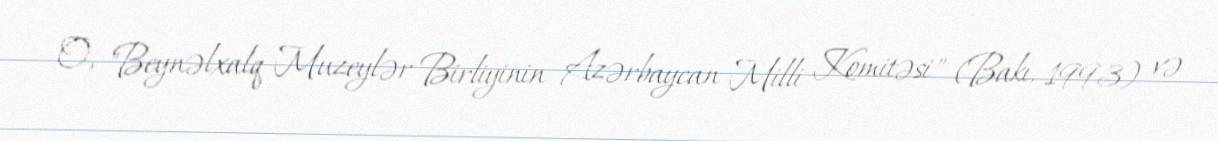
O, "Beynəlxalq Muzeylər Birliyinin Azərbaycan Milli Komitəsi" (Bakı, 1993) və